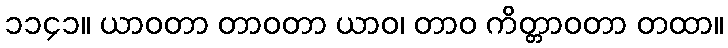
၁၁၄၁။ ယာဝတာ တာဝတာ ယာဝ၊ တာဝ ကိတ္တာဝတာ တထာ။